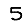
Digit: 5